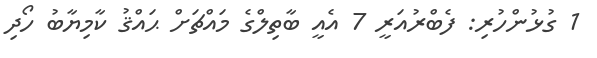
1 ގުޅުންހުރި: ފެބްރުއަރީ 7 އެއީ ބާތިލްގެ މައްޗަށް ޙައްޤު ކާމިޔާބު ހޯދި